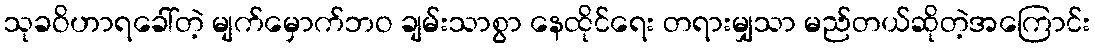
သုခဝိဟာရခေါ်တဲ့ မျက်မှောက်ဘဝ ချမ်းသာစွာ နေထိုင်ရေး တရားမျှသာ မည်တယ်ဆိုတဲ့အကြောင်း